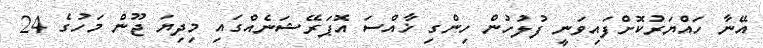
އޭނާ ހައްޔަރުކޮށްފައިވަނީ ފުލުހުން ހިންގި ޚާއްސަ އޮޕަރޭޝަނެއްގައި މިދިޔަ ޖޫން މަހުގެ 24